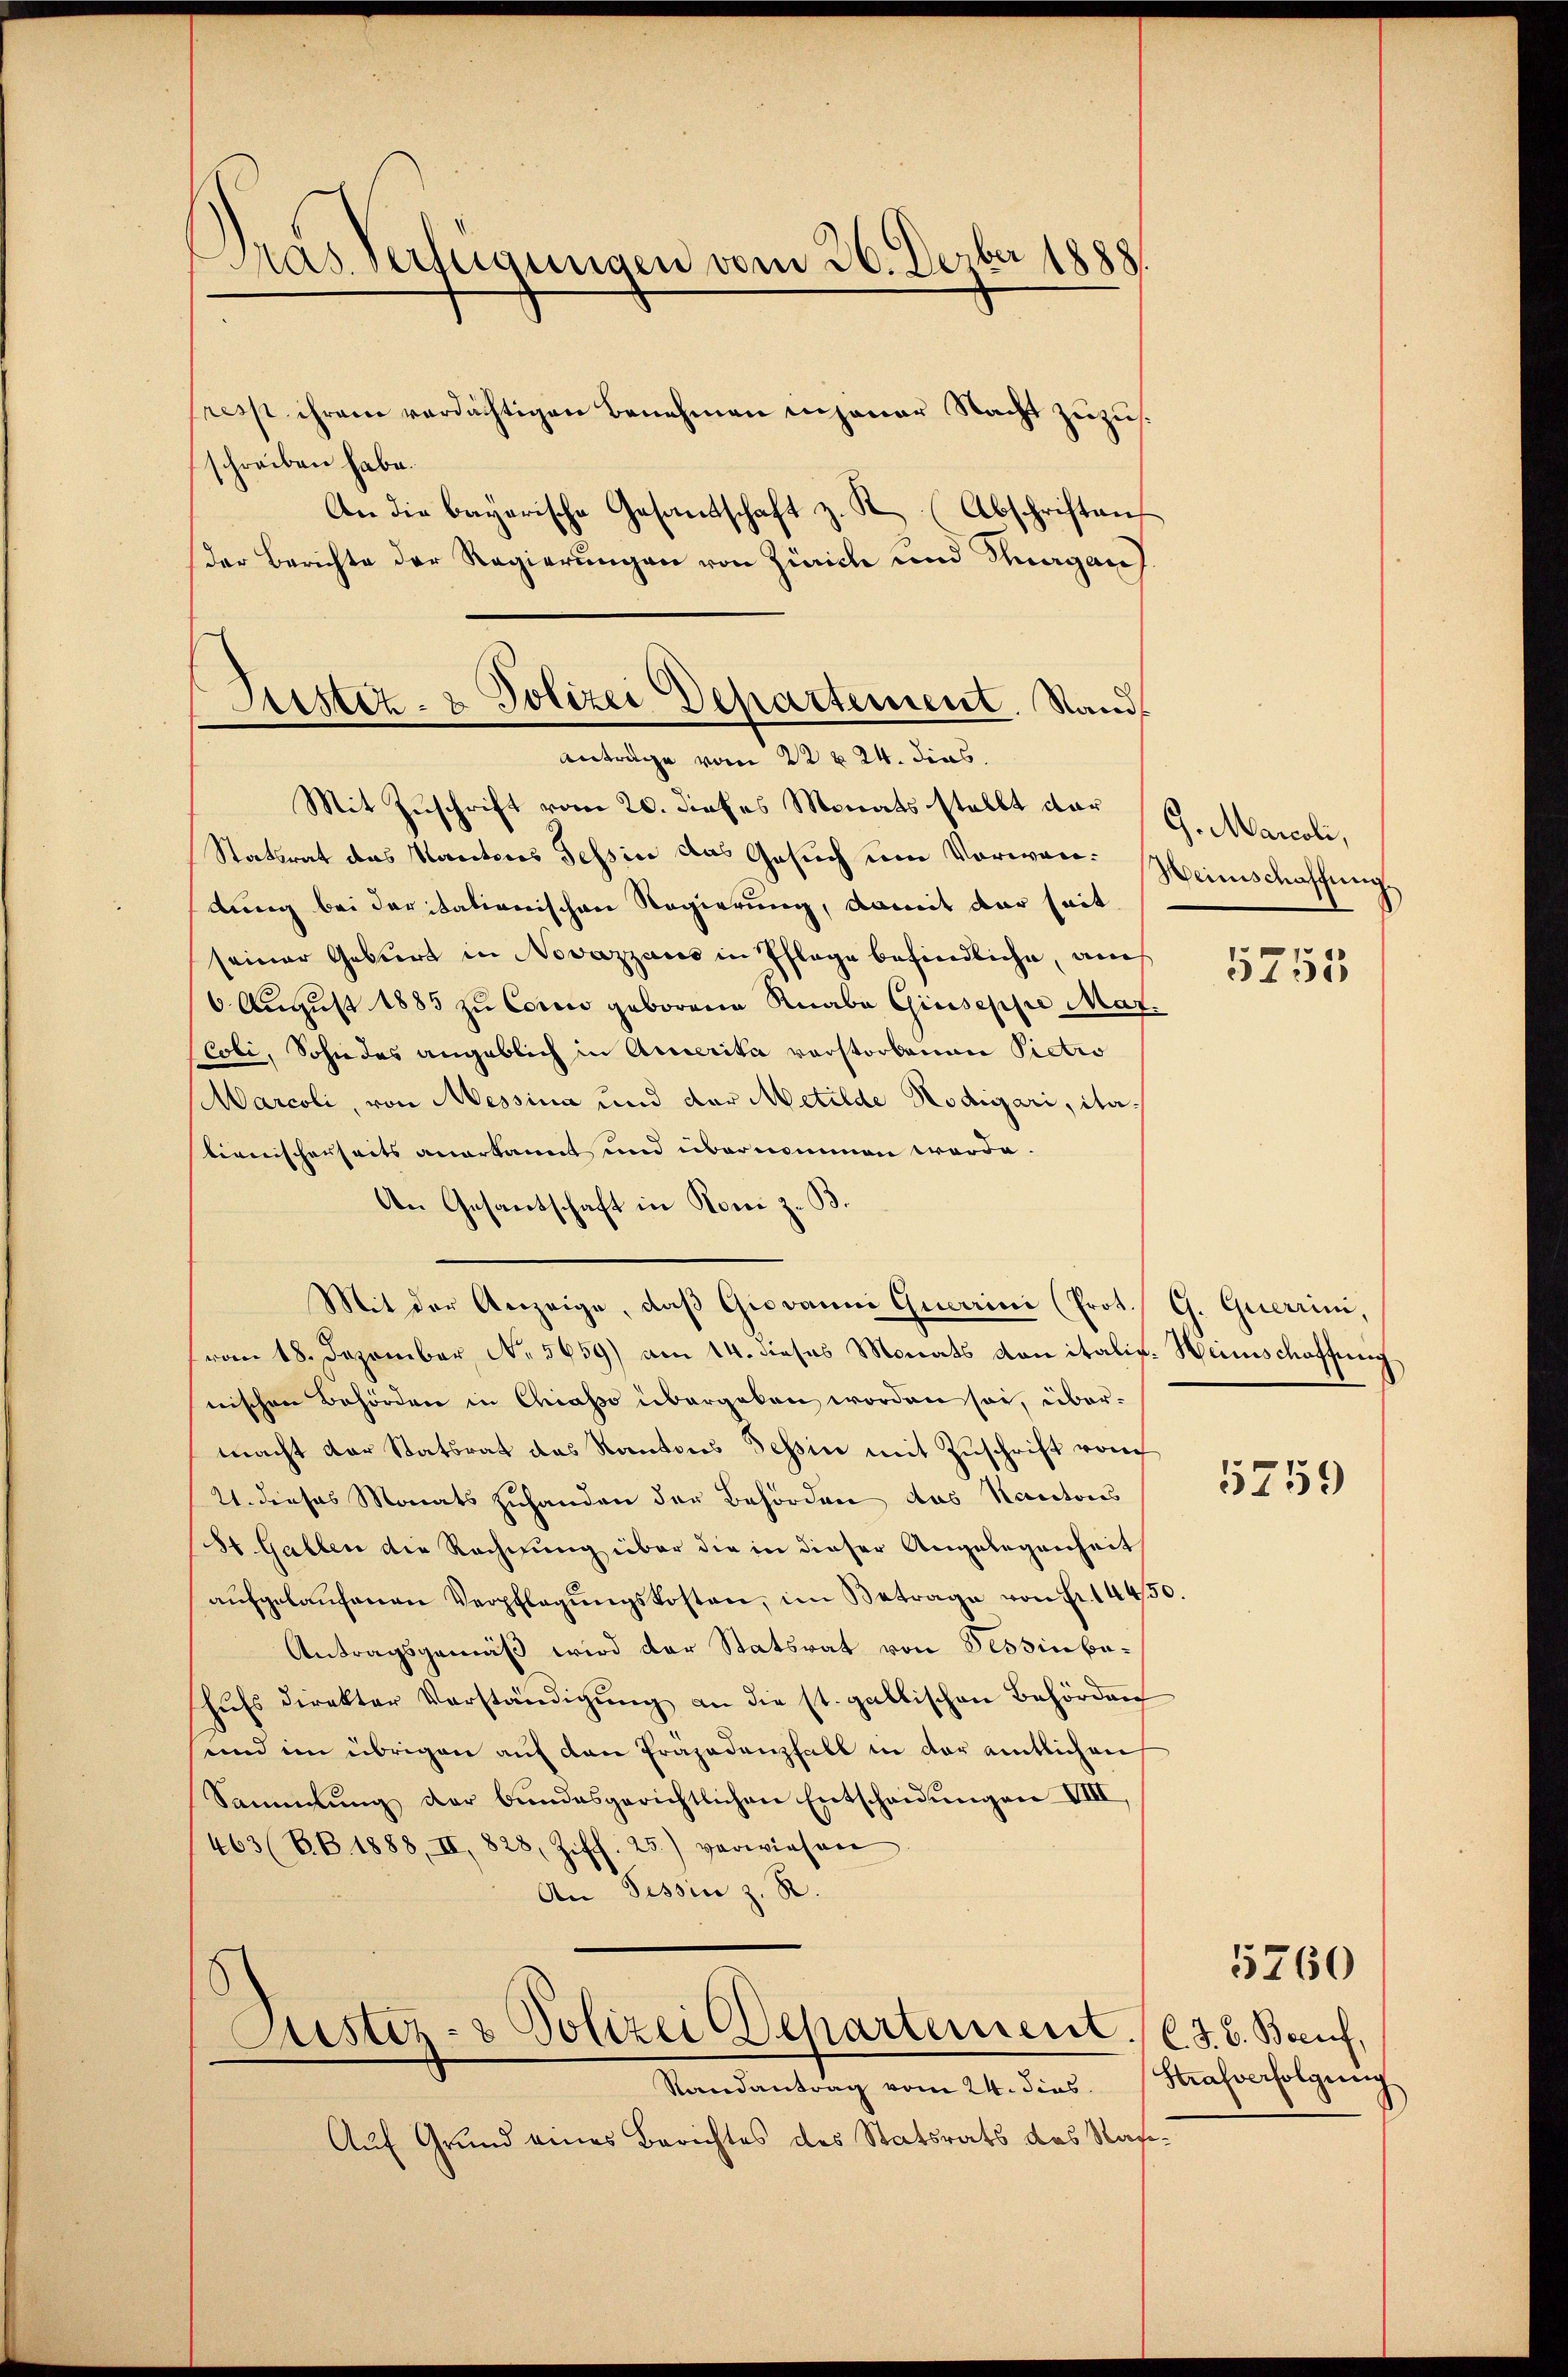
Dras Verfügungen vom 26. Decbr 1888.

fress ihrem verdächtigen Benehmen in jener Nacht zuzusschreiben habe.
An die bayerische Gesandtschaft z. K. (Abschriften
der Berichte der Regierungen von Zürich und Thurgau
Mit Zuschrift vom 20. dieses Monats stellt dar
Statsrat des Kantons Tessin das Gesuch um Vorwen: Heimschaffung
dung bei der italionischen Regierung, damit der seit
seiner Geburt in Novazzaus in Pflege befindliche, auch
6 August 1885 zu Coco geborene Knabe Giuseppe Mar
Coli, Sohn des angeblich in Amerika vorstorbenen Pictio
Marcoli, von Messina und der Metilde Nodigari, ita-
tienischerseits anerkannt und übernommen werde.
An Gesantschaft in Koni z. B.
Mit der Anzeige, daß Giovanni Querini (Prot. G. Querrini,
(vom 18. Dezember, No. 5659) am 14. dieses Monats von italis. Heimschaffung
nischen Behörden in Chiasso übergeben worden sei, übermacht der Statsrat des Kantons Tessin mit Zŭschrift vom
21. dieses Monats zuhanden der Behörden das Kantons
St. Gallen die Rechnung über die in dieser Angelegenheit
aŭfgelaŭfenen Verpflegŭngskosten, im Betrage von Fr. 1443
Antragsgemäß wird der Statsrat von Tessin beschŭfs direkter Verständigŭng an die st. gallischen Behörden
und im übrigen auf den Prazadenfall in der amtlichen
Sammlung der bundesgerichtlichen Entscheidungen VIII
463 (BB 1888, II, 828, Ziff. 25.) verwiesen
An Tessin z. R.
Puster- & Polizei Departement.
Randantrag vom 24. Fins.
Auf Grund eines Berichtes des Statsrats das Nach¬

Astiz- & Polizei Departement. Stand
antrage vom 22 t 24. dies

G. Marcoli,

5755

5759

C. J. B. Beruf,
Hrafverfolgung.

5760